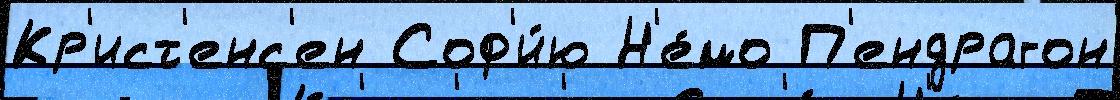
Кр'ист'енс'ен Соф'и́ю Н'е́мо П'ендрагон